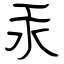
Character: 汞